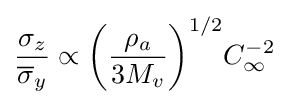
{\frac {\sigma _{z}}{{\overline {\sigma }}_{y}}}\propto {\biggl (}{\frac {\rho _{a}}{3M_{v}}}{\biggr )}^{1/2}C_{\infty }^{-2}